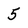
Character: 5